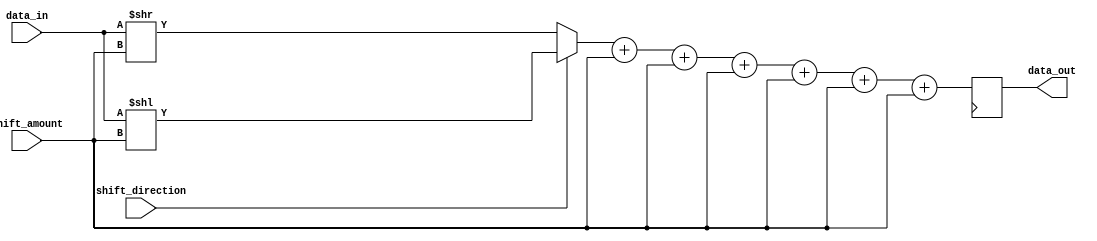
module Barrel_Shifter (
    input [7:0] data_in,
    input [2:0] shift_amount,
    input shift_direction, // 0 for left shift, 1 for right shift
    output reg [7:0] data_out
);

reg [7:0] node1, node2, node3, node4, node5, node6, node7;

always @ (*) begin
    node1 = shift_direction ? (data_in << shift_amount) : (data_in >> shift_amount);
    node2 = node1 + shift_amount;
    node3 = node2 + shift_amount;
    node4 = node3 + shift_amount;
    node5 = node4 + shift_amount;
    node6 = node5 + shift_amount;
    node7 = node6 + shift_amount;
end

always @ (posedge clk) begin
    data_out <= node7;
end

endmodule